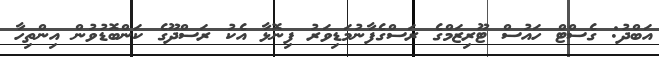
އަބްދު: ގެސްޓް ހައުސް ޓޫރިޒަމްގެ ރަސްގެފާނުމަޑިވަރު ފިނޮޅާ އެކު ރަސްދޫގެ ކަންބޮޑުވުން އިންތިހާ